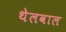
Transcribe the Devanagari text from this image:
थेलवाल